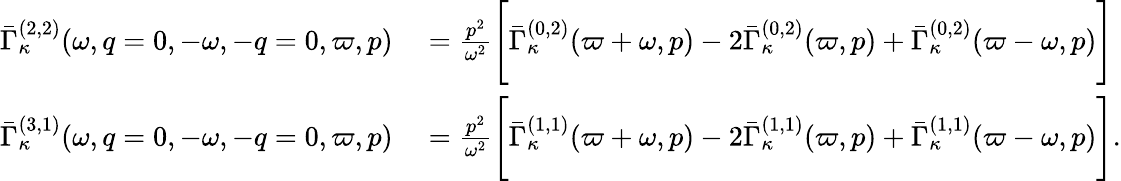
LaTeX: \begin{array}{rl}{\bar{\Gamma}_{\kappa}^{(2,2)}(\omega,q=0,-\omega,-q=0,\varpi,p)}&{{}=\frac{p^{2}}{\omega^{2}}\Bigg[\bar{\Gamma}_{\kappa}^{(0,2)}(\varpi+\omega,p)-2\bar{\Gamma}_{\kappa}^{(0,2)}(\varpi,p)+\bar{\Gamma}_{\kappa}^{(0,2)}(\varpi-\omega,p)\Bigg]}\\ {\bar{\Gamma}_{\kappa}^{(3,1)}(\omega,q=0,-\omega,-q=0,\varpi,p)}&{{}=\frac{p^{2}}{\omega^{2}}\Bigg[\bar{\Gamma}_{\kappa}^{(1,1)}(\varpi+\omega,p)-2\bar{\Gamma}_{\kappa}^{(1,1)}(\varpi,p)+\bar{\Gamma}_{\kappa}^{(1,1)}(\varpi-\omega,p)\Bigg].}\end{array}